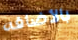
بالأضافه